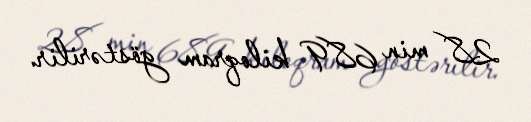
28 min 689 kiloqram göstərilir.